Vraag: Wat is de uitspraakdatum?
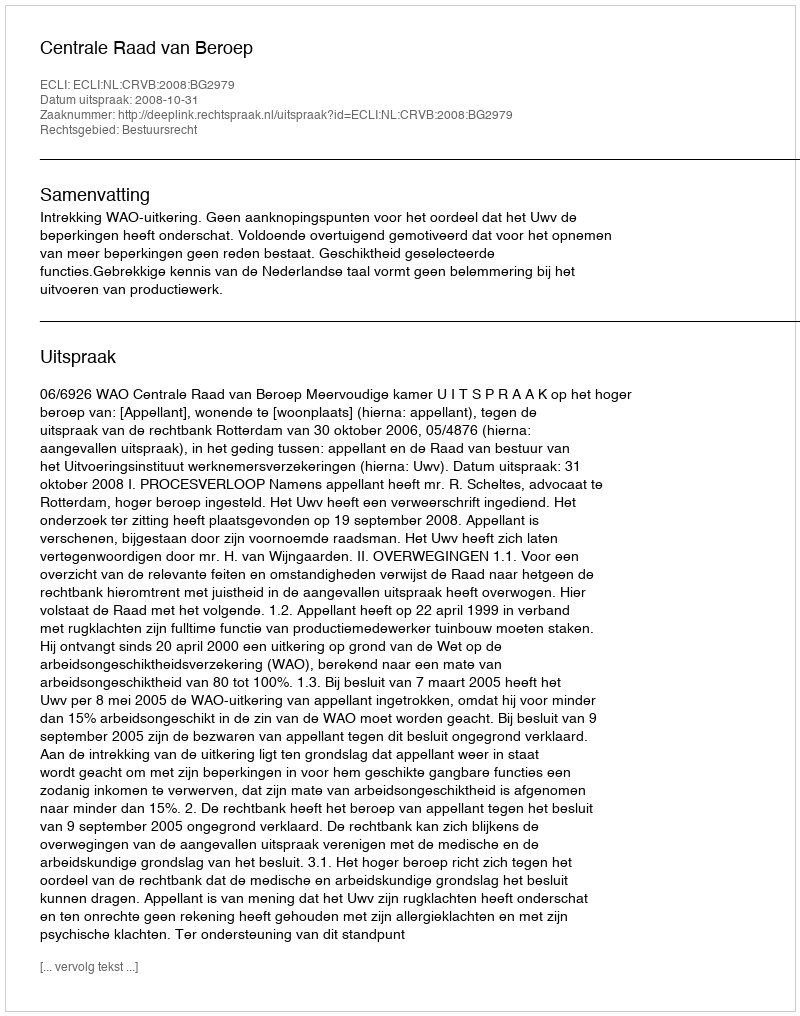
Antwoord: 2008-10-31